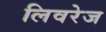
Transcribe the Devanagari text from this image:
लिवरेज